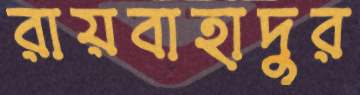
রায়বাহাদুর